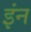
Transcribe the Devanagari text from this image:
इंन